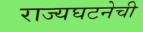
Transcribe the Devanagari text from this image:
राज्यघटनेची